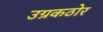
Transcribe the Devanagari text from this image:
उग्रकठोर